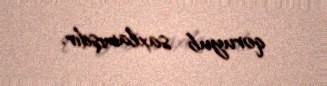
qoruyub saxlamışdır.